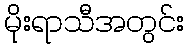
မိုးရာသီအတွင်း